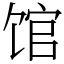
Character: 馆